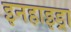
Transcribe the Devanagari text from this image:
इनहाइड्रा